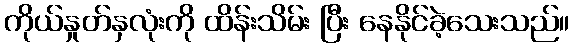
ကိုယ်နှုတ်နှလုံးကို ထိန်းသိမ်း ပြီး နေနိုင်ခဲ့သေးသည်။